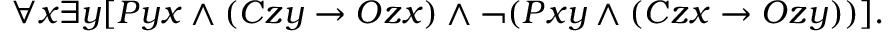
\forall x \exists y [ P y x \land ( C z y \rightarrow O z x ) \land \lnot ( P x y \land ( C z x \rightarrow O z y ) ) ] .